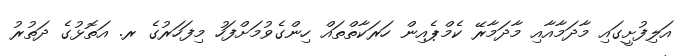
އަލިފުށީގައި މާދަމާއާއި މާދަމާރޭ ކެމްޕެއިން ހަރަކާތްތައް ހިންގެވުމަށްފަހު މިފަހަރުގެ ރ. އަތޮޅުގެ ދަތުރު